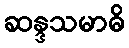
ဆန္ဒသမာဓိ